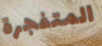
المتفجرة